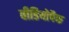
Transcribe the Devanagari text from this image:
वीडियोपैक